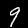
Digit: 9